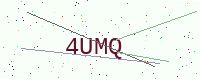
Text: 4UMQ